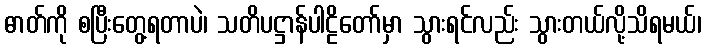
ဓာတ်ကို စပြီးတွေ့ရတာပဲ၊ သတိပဋ္ဌာန်ပါဠိတော်မှာ သွားရင်လည်း သွားတယ်လို့သိရမယ်၊